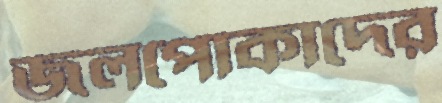
জলপোকাদের